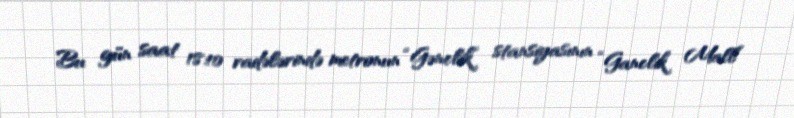
Bu gün saat 18:10 radələrində metronun “Gənclik” stansiyasının “Ganclik Mall”